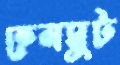
হেলমুট